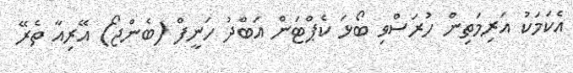
އެކަމަކު އަރިމަތިން ހުރަސްވި ބޯޅަ ކެޕްޓަން އަބްދު ހަނީފް (ބެންޖޯ) އޭރިއާ ތެރޭ